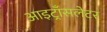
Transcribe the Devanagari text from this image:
आइट्राँसलेटर